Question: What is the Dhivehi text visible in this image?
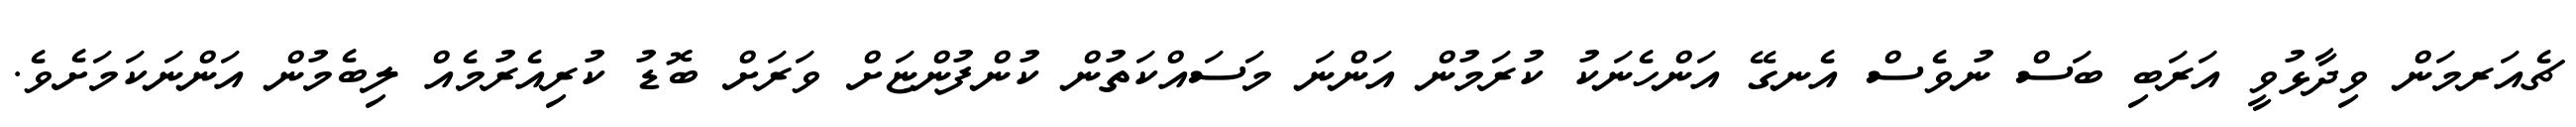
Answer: ޗެއަރމަން ވިދާޅުވީ އަރަބި ބަސް ނުވެސް އެނގޭ އަންހެނަކު ކުރަމުން އަންނަ މަސައްކަތުން ކުންފުންޏަށް ވަރަށް ބޮޑު ކުރިއެރުމެއް ލިބެމުން އަންނަކަމަށެވެ.